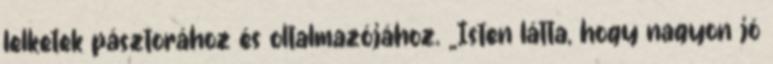
lelketek pásztorához és oltalmazójához. „Isten látta, hogy nagyon jó